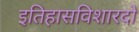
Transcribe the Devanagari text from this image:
इतिहासविशारदों